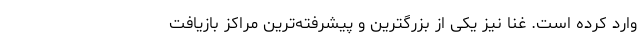
وارد کرده است. غنا نیز یکی از بزرگترین و پیشرفته‌ترین مراکز بازیافت